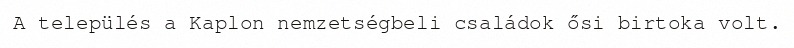
A település a Kaplon nemzetségbeli családok ősi birtoka volt.